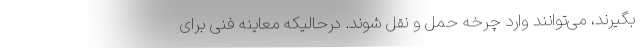
بگیرند، می‌توانند وارد چرخه حمل و نقل شوند. درحالیکه معاینه فنی برای